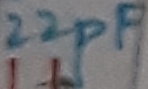
Text: 22pF